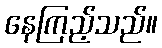
နေကြည့်သည်။